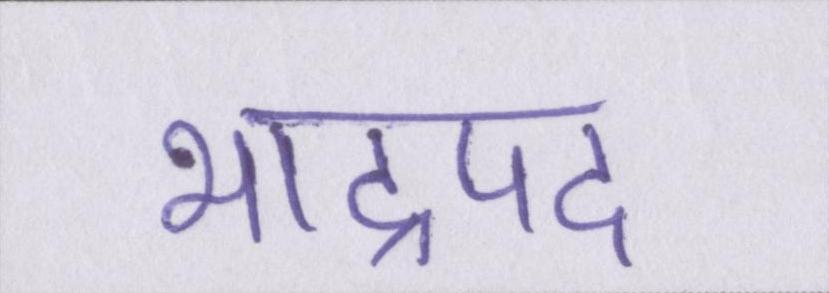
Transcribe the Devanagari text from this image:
भाद्रपद